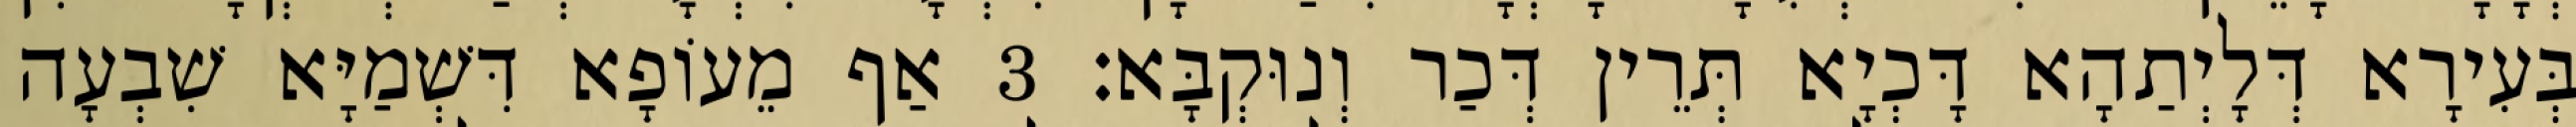
בְּעִירָא דְּלָיְתַהָא דָּכְיָא תְּרֵין דְּכַר וְנוּקְבָּא׃ 3 אַף מֵעוֹפָא דִּשְׁמַיָּא שִׁבְעָה